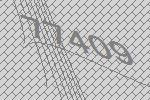
77409